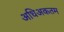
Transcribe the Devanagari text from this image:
अधिअकतम